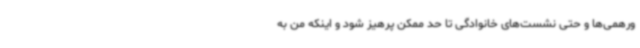
ورهمی‌ها و حتی نشست‌های خانوادگی تا حد ممکن پرهیز شود و اینکه من به